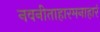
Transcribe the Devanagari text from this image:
नवनीताहारमनाहारं